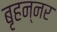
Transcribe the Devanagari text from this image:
बृहन्नर